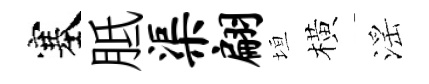
塞胝渠翩垣橫滛